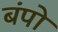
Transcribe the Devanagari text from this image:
बंपो